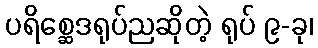
ပရိစ္ဆေဒရုပ်ညဆိုတဲ့ ရုပ် ၉-ခု၊